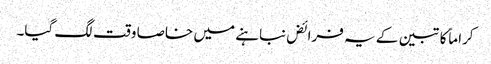
کراماً کاتبین کے یہ فرائض نباہنے میں خاصا وقت لگ گیا۔